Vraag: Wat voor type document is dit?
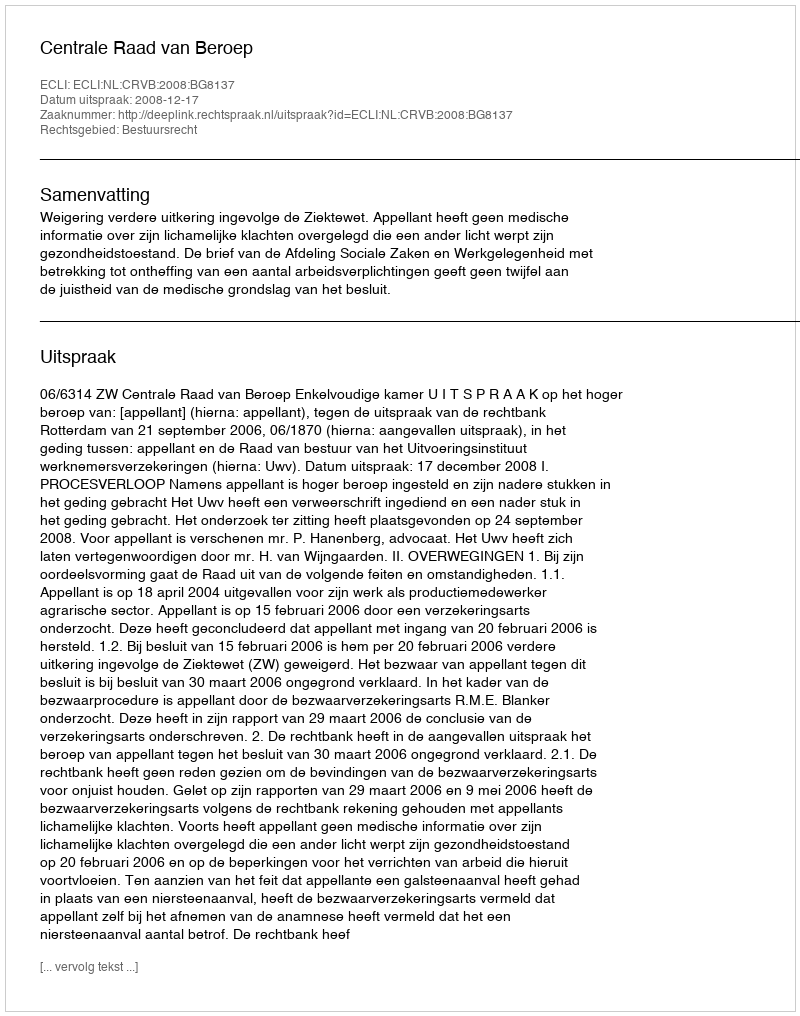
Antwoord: Uitspraak